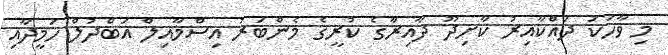
މި ވާހަކަ ދައްކާއިރު ކާށިދޫ ދާއިރާގެ ކުރީގެ މެންބަރު އިސްމާއިލް އަބްދުލް ހަމީދާއި